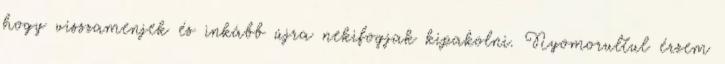
hogy visszamenjek és inkább újra nekifogjak kipakolni. Nyomorultul érzem